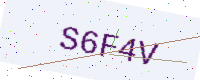
Text: S6F4V